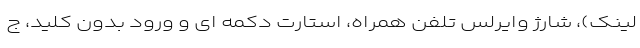
لینک)، شارژ وایرلس تلفن همراه، استارت دکمه ای و ورود بدون کلید، ج